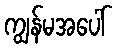
ကျွန်မအပေါ်